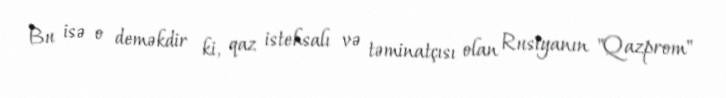
Bu isə o deməkdir ki, qaz istehsalı və təminatçısı olan Rusiyanın "Qazprom"